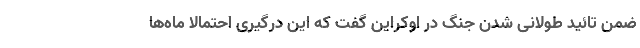
ضمن تائید طولانی شدن جنگ در اوکراین گفت که این درگیری احتمالا ماه‌ها